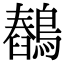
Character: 𪅖